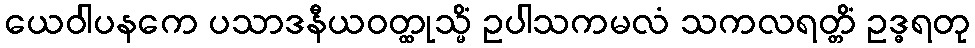
ယေဝါပနကေ ပသာဒနီယဝတ္ထုသ္မိံ ဥပါသကမလံ သကလရတ္တိံ ဥဒ္ဓရတု